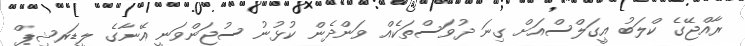
ރާއްޖޭގެ ކްލަބު އީގަލްސްއަށް ގިނަ ދުވަސްތަކެއް ވަންދެން ކުޅުނު ސުޖަންވަނީ އޭނާގެ ލީޑަރޝިޕް